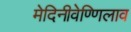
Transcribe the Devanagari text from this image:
मेदिनीवेण्णिलाव